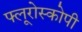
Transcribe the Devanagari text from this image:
फ्लूरोस्कोपी